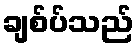
ချစ်ပ်သည်